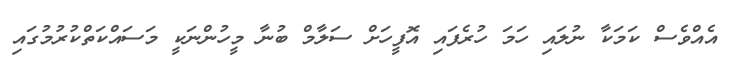
އެއްވެސް ކަމަކާ ނުލައި ހަމަ ހުރެފައި އޮފީހަށް ސަލާމް ބުނާ މީހުންނަކީ މަސައްކަތްކުރުމުގައި